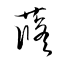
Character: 蓚